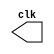
// ------------------------- 
// Exemplo0046  CLOCK
// Nome: Julio Miranda Machado	 
// ------------------------- 

// --------------------------- 
// -- test clock generator (2) 
// --------------------------- 
 
module clock ( clk ); 
 output clk; 
 reg      clk; 
 
 initial 
  begin 
   clk = 1'b0; 
  end 
 
 always 
  begin 
   #6 clk = ~clk; 
  end 
endmodule 
 
module pulse ( signal, clock ); 
 input  clock; 
 output signal; 
 reg      signal; 
 
 always @ ( clock ) 
  begin 
        signal = 1'b1; 
  #3  signal = 1'b0; 
  #3  signal = 1'b1; 
  #3  signal = 1'b0; 
  end 
endmodule // pulse 
 
module trigger ( signal, on, clock ); 
 input  on, clock; 
 output signal; 
 reg      signal; 
 
 always @ ( posedge clock & on ) 
  begin 
  #60 signal = 1'b1; 
  #60 signal = 1'b0; 
  end 
endmodule // trigger 
 module Exemplo0046; 
 
 wire   clock; 
 clock clk ( clock ); 
 
 reg   p; 
 
 wire  p1,t1; 
 
 pulse   pulse1   ( p1, clock ); 
 trigger trigger1 ( t1, p, clock ); 
 
 initial begin 
   p = 1'b0; 
 end 
 
 initial begin 
  $dumpfile ( "D:\Meus Documentos\Desktop\Guias\Guia 06\Exemplo0046.vcd" ); 
  $dumpvars ( 1, clock, p1, p, t1 ); 
 
  #060 p = 1'b1; 
  #120 p = 1'b0; 
  #180 p = 1'b1; 
  #240 p = 1'b0; 
  #300 p = 1'b1; 
  #360 p = 1'b0; 
  #376 $finish; 
 end 
 
endmodule // Exemplo0046